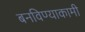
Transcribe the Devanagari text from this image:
बनविण्याकामी